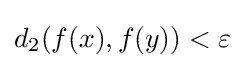
d_{2}(f(x),f(y))<\varepsilon